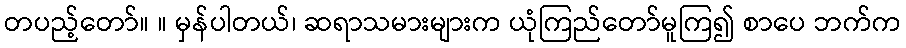
တပည့်တော်။ ။ မှန်ပါတယ်၊ ဆရာသမားများက ယုံကြည်တော်မူကြ၍ စာပေ ဘက်က